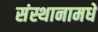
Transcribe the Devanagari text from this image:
संस्थानामधे